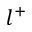
l ^ { + }